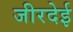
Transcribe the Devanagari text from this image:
जीरदेई